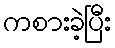
ကစားခဲ့ပြီး